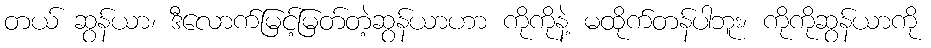
တယ် ဆွန်ယာ၊ ဒီလောက်မြင့်မြတ်တဲ့ဆွန်ယာဟာ ကိုကိုနဲ့ မထိုက်တန်ပါဘူး၊ ကိုကိုဆွန်ယာကို